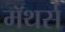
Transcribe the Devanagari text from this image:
मॅथर्स